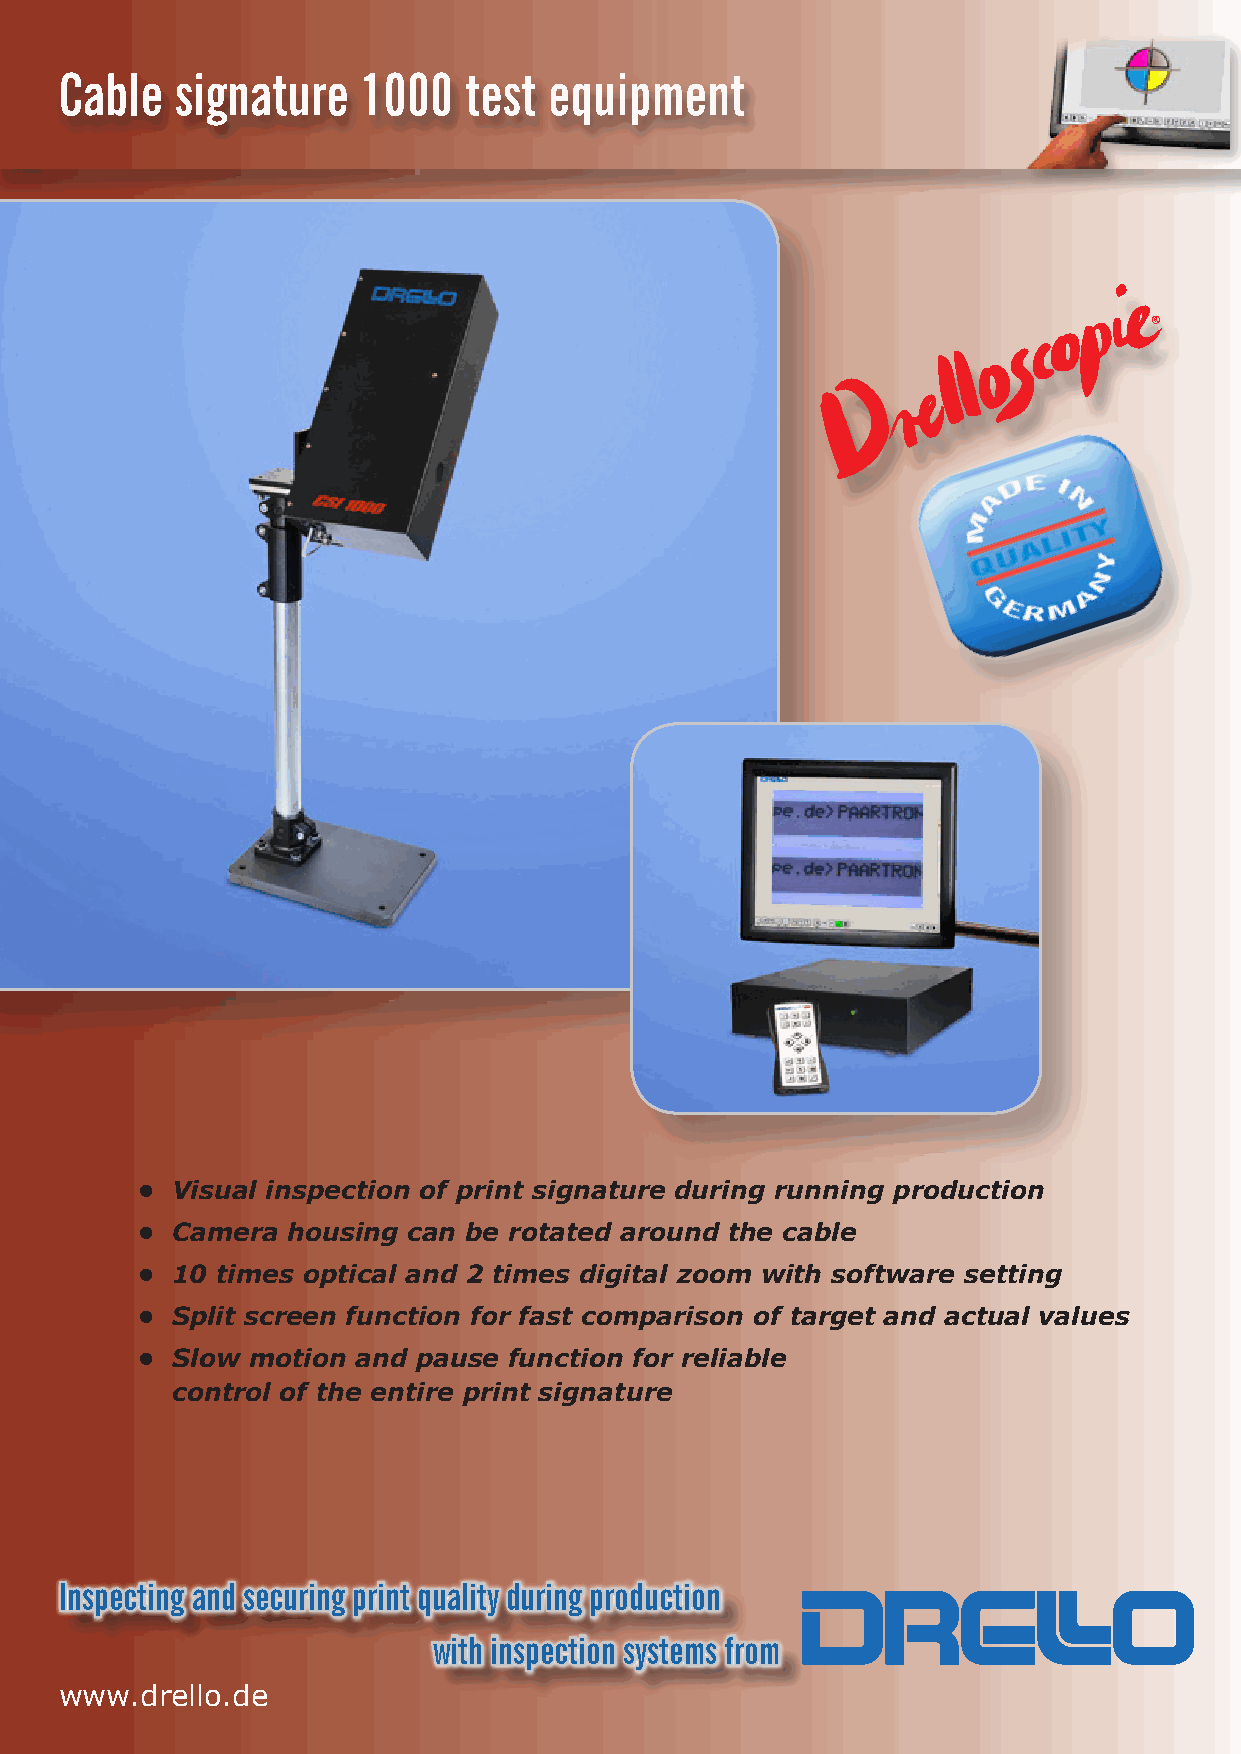
Cable   signature   1000   test equipment
 • Visual inspection of print signature during running production
 • Camera  housing can be rotated around the cable
 • 10 times optical and 2 times digital zoom with software setting
 • Split screen function for fast comparison of target and actual values
 • Slow motion  and pause function for reliable
 control of the entire print signature
 Inspecting and securing print quality during production
 with inspection systems from
 www.drello.de